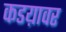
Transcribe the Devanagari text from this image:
कडय़ावर